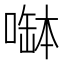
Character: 𠼭